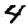
Digit: 4